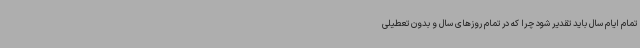
تمام ایام سال باید تقدیر شود چرا که در تمام روزهای سال و بدون تعطیلی